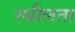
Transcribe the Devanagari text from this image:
स्थीलता